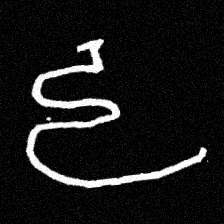
Pyu character \u2014 Myanmar letter: ဠ (romanized: lla)